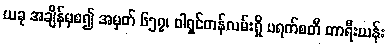
ယခု အချိန်မှစ၍ အမှတ် ၆၅၇၊ ဝါရှင်တန်လမ်းရှိ ပရက်စတီ တာရီးယန်း